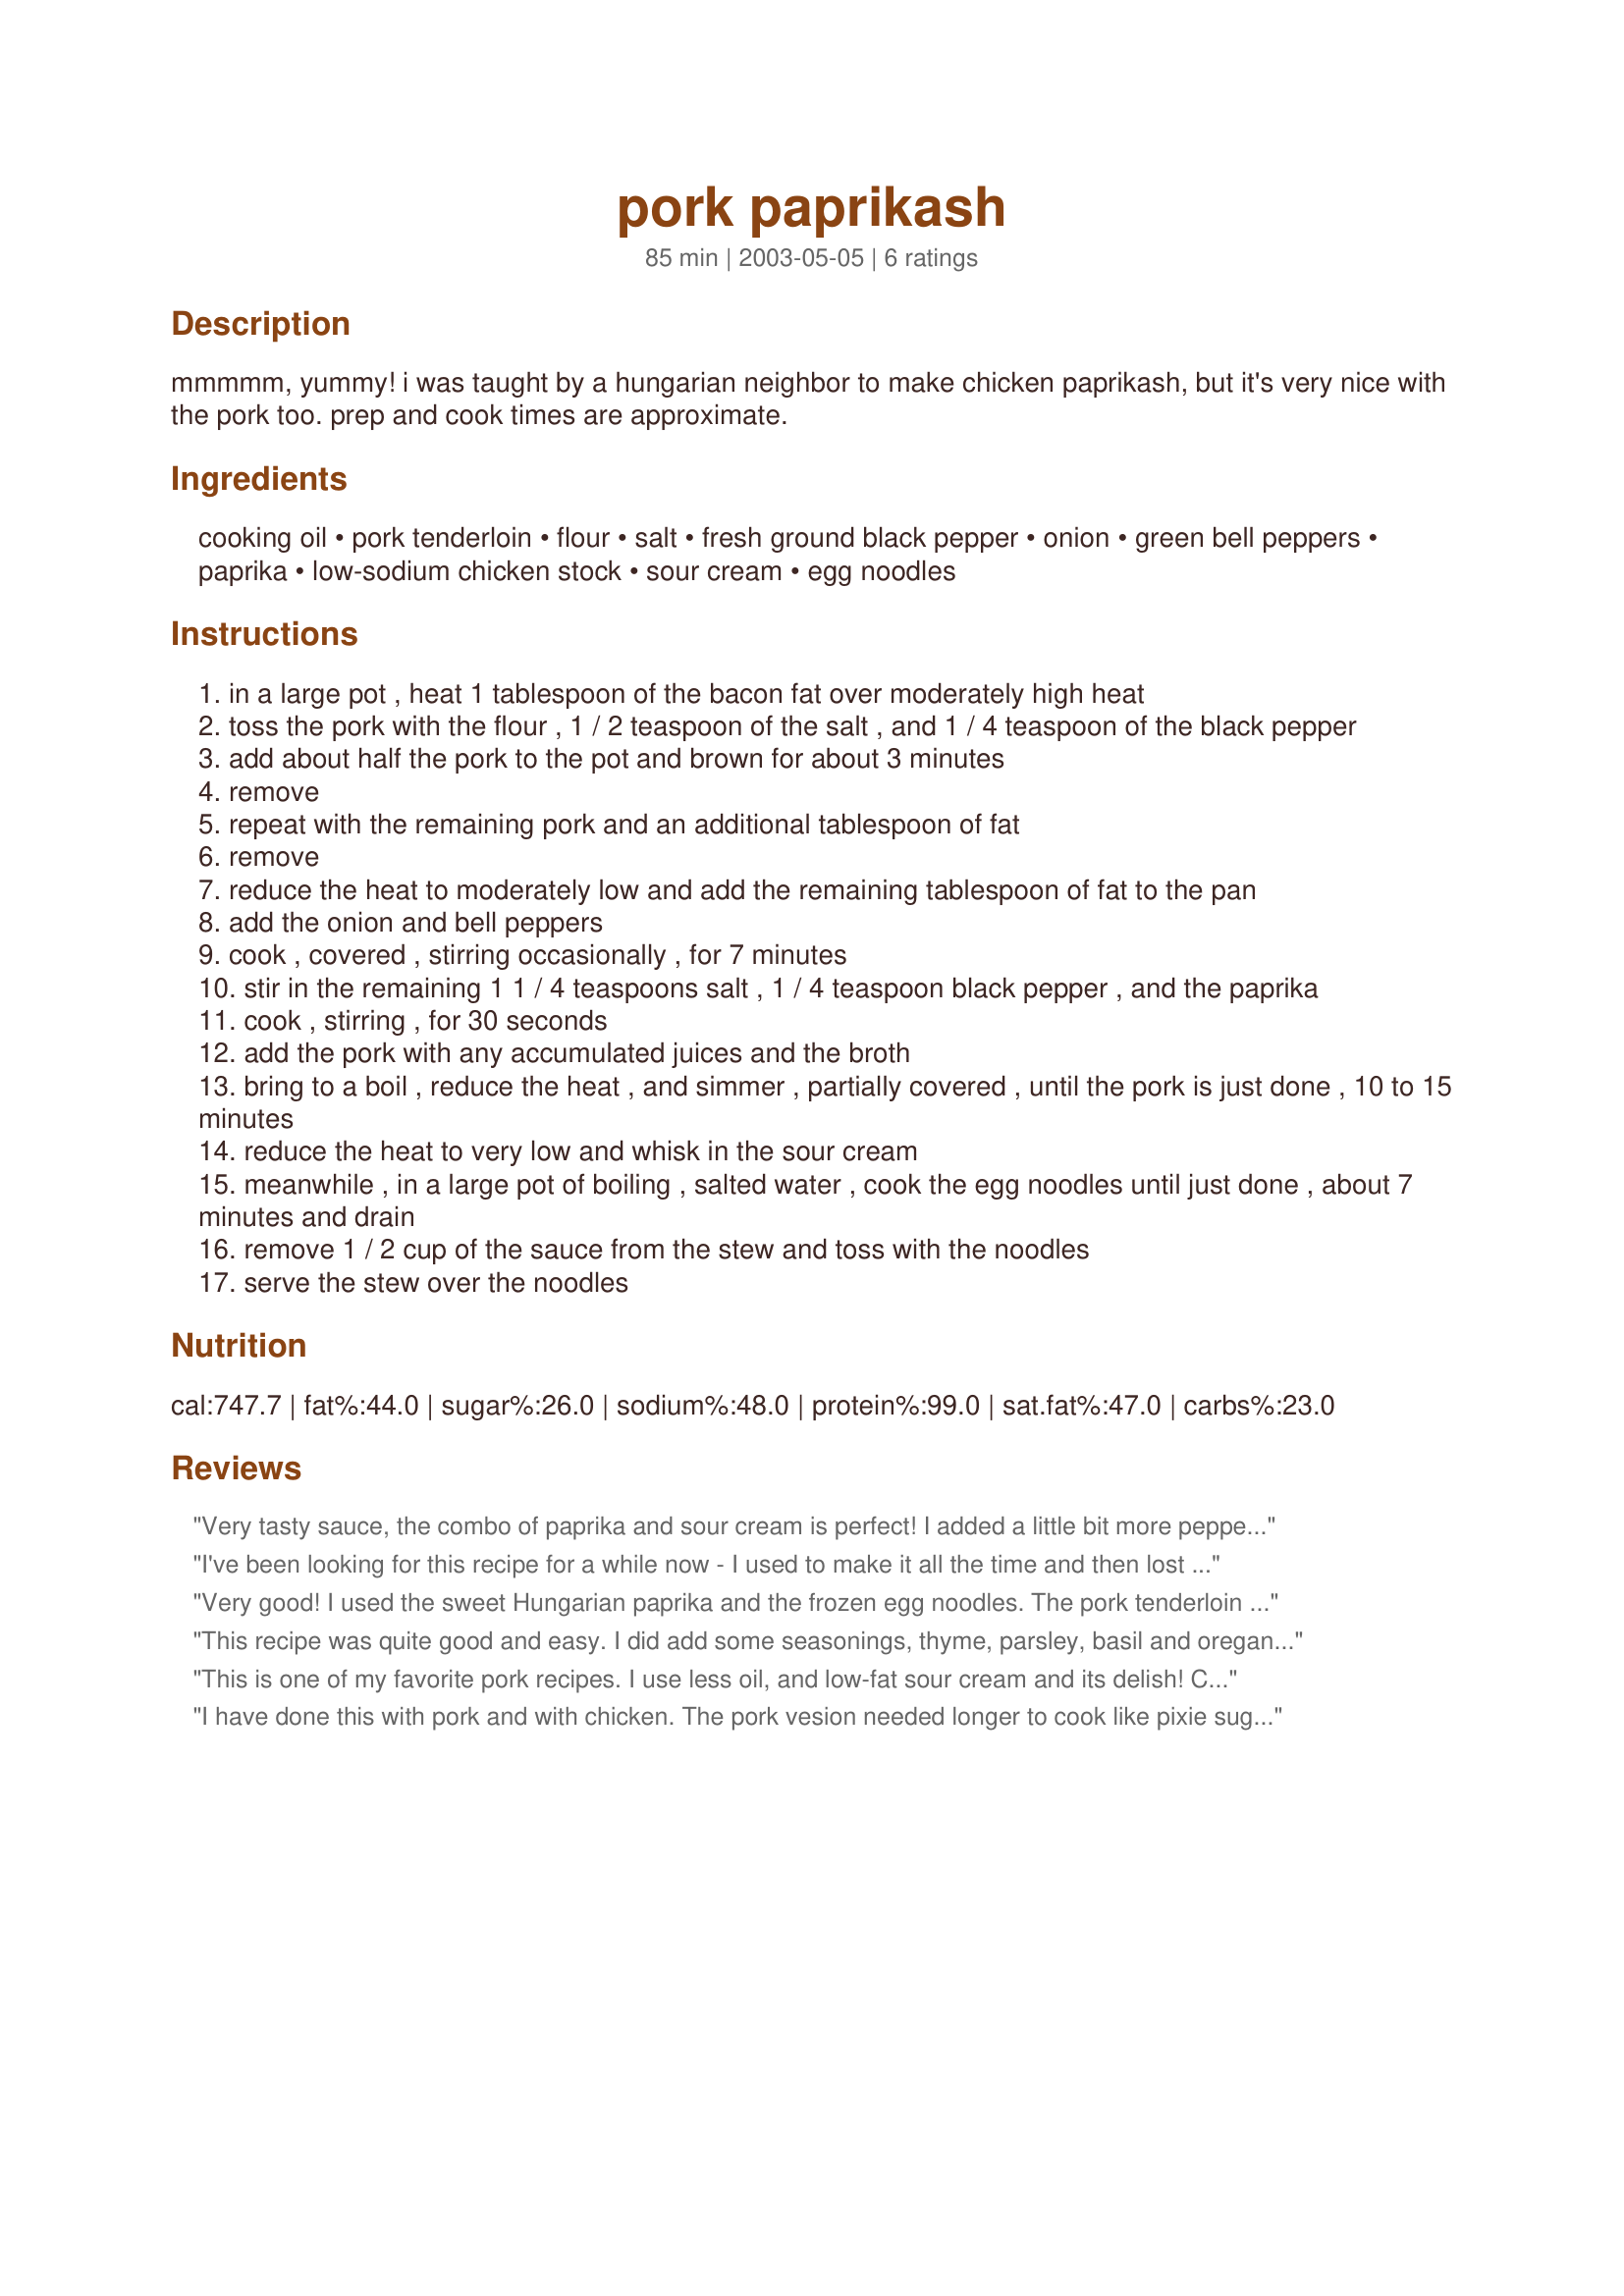
pork paprikash
Preparation time: 85 minutes

mmmmm, yummy! i was taught by a hungarian neighbor to make chicken paprikash, but it's very nice with the pork too. prep and cook times are approximate.

Ingredients:
cooking oil, pork tenderloin, flour, salt, fresh ground black pepper, onion, green bell peppers, paprika, low-sodium chicken stock, sour cream, egg noodles

Steps:
in a large pot , heat 1 tablespoon of the bacon fat over moderately high heat
toss the pork with the flour , 1 / 2 teaspoon of the salt , and 1 / 4 teaspoon of the black pepper
add about half the pork to the pot and brown for about 3 minutes
remove
repeat with the remaining pork and an additional tablespoon of fat
remove
reduce the heat to moderately low and add the remaining tablespoon of fat to the pan
add the onion and bell peppers
cook , covered , stirring occasionally , for 7 minutes
stir in the remaining 1 1 / 4 teaspoons salt , 1 / 4 teaspoon black pepper , and the paprika
cook , stirring , for 30 seconds
add the pork with any accumulated juices and the broth
bring to a boil , reduce the heat , and simmer , partially covered , until the pork is just done , 10 to 15 minutes
reduce the heat to very low and whisk in the sour cream
meanwhile , in a large pot of boiling , salted water , cook the egg noodles until just done , about 7 minutes and drain
remove 1 / 2 cup of the sauce from the stew and toss with the noodles
serve the stew over the noodles

Reviews:
Very tasty sauce, the combo of paprika and sour cream is perfect! I added a little bit more pepper than called for because we love pepper. I also let this cook for much longer at step 11, we tried a bit and just thought it would be better if the pork was simmered until very very tender (and it was). At the end, I thought that the sauce looked a bit too liquid so I thickened it up with cornstarch as well. Overall good recipe. I would definitely make this again.
I've been looking for this recipe for a while now - I used to make it all the time and then lost the recipe book that it was in. I am so glad that you posted it. Such a nice change of pace from regular stroganoff type recipes. Only change I made was to cut the liquid in half and cook the pork in the broth and spices in the crockpot for a few hours before stirring in the sour cream. Thanks!
Very good! I used the sweet Hungarian paprika and the frozen egg noodles. The pork tenderloin was even on sale!! Thanks for the recipe!
This recipe was quite good and easy. I did add some seasonings, thyme, parsley, basil and oregano. I added extra flour to make a thicker sauce when I put the pork back into the pot.
This is one of my favorite pork recipes. I use less oil, and low-fat sour cream and its delish! Comes out rich & moist every time, and super easy to make. I usually use red pepper instead of green bell peppers to give it a sweeter taste.
I have done this with pork and with chicken. The pork vesion needed longer to cook like pixie suggested the chicken was my absolute favourite. thicken the sauce with cornflour as i didn't use flour in step 2 due to allergies. A definate keeper, the flavours were great and it was simple to put together.
